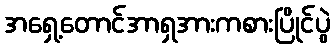
အရှေ့တောင်အာရှအားကစားပြိုင်ပွဲ